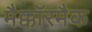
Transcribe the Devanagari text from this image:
मैक्कॉरमैक